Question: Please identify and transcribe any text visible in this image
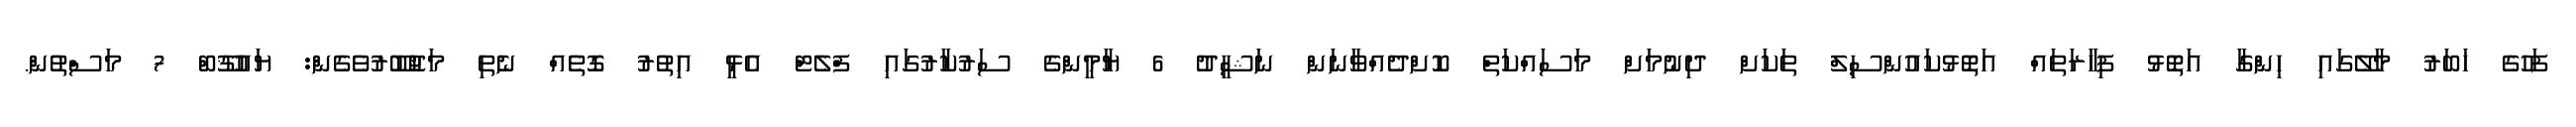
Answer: ފަހުގެ ޚަބަރު މާލޭގައި ހިންގާ އަތޮޅު ފިހާރަތައް އަތޮޅުކައުންސިލް ތަކަށް ދިނުމަށް މަސައްކަތް ކޮށްދެއްވާނަން ނަޝީދު 6 ޔާމީންގެ ސަރުކާރުގައި ފްލެޓް އެޅީ އިތުރު ގޮތެއް ނެތި މަޖުބޫރުވެގެން: ޔައުޤޫބް 7 މަސްތުން.